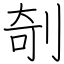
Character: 剞